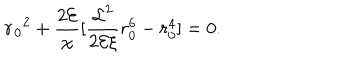
{ \dot { r } _ { 0 } } ^ { 2 } + { \frac { 2 { \cal E } } { \chi } } [ { \frac { { \cal L } ^ { 2 } } { 2 { \cal E } \xi } } r _ { 0 } ^ { 6 } - r _ { 0 } ^ { 4 } ] = 0 .